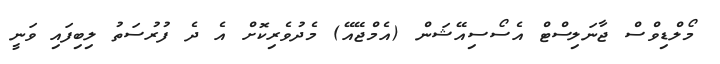
މޯލްޑިވްސް ޖާނަލިސްޓް އެސޯސިއޭޝަން (އެމްޖޭއޭ) މެދުވެރިކޮށް އެ ދެ ފުރުސަތު ލިބިފައި ވަނީ